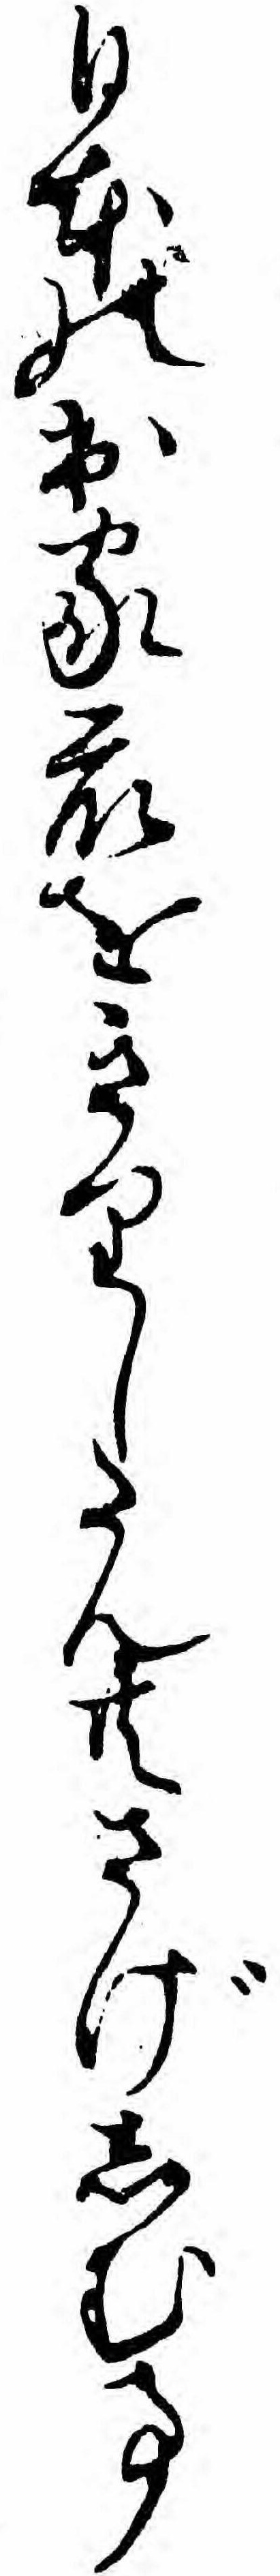
日本の出家衆をきりしたん共さげしむ事